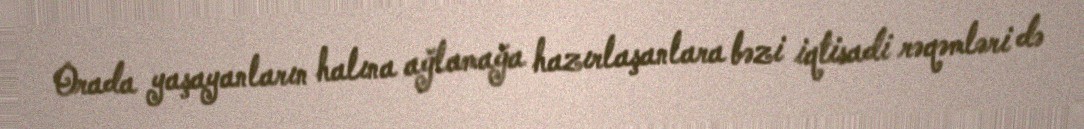
Orada yaşayanların halına ağlamağa hazırlaşanlara bəzi iqtisadi rəqəmləri də